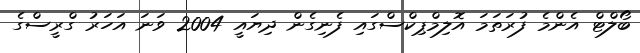
ބޯލްޓް އެންމެ ފުރަތަމަ އޮލިމްޕިކްސްގައި ފެނިގެން ދިޔައީ 2004 ވަނަ އަހަރު ގްރީސްގެ